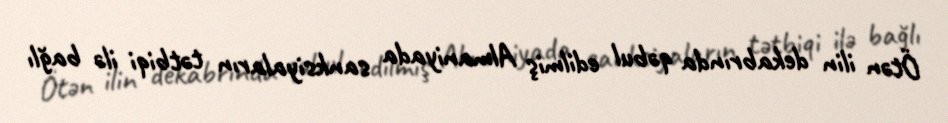
Ötən ilin dekabrında qəbul edilmiş Almaniyada sanksiyaların tətbiqi ilə bağlı